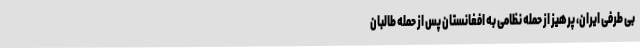
بی طرفی ایران، پرهیز از حمله نظامی به افغانستان پس از حمله طالبان